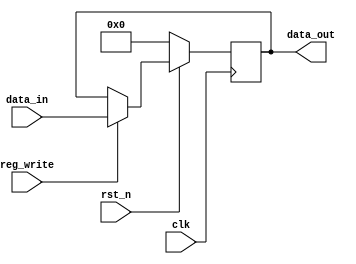
`timescale 1 ns/10 ps
module REGISTER #(parameter DATA_WIDTH = 16) (
		clk,
		rst_n,
		reg_write,
		data_in,
		data_out
	);
  input clk;
  input rst_n;
  input reg_write;
  input  [DATA_WIDTH-1:0] data_in;
  output reg [DATA_WIDTH-1:0] data_out;
	
	always @(posedge clk) begin
		if(!rst_n) begin
			data_out <= 16'd0;
		end
		else if(reg_write) begin
			data_out <= data_in;
		end
		else begin
			data_out <= data_out;
		end
	end

endmodule